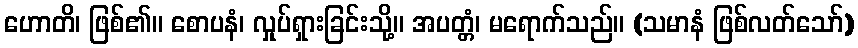
ဟောတိ၊ ဖြစ်၏။ စောပနံ၊ လှုပ်ရှားခြင်းသို့။ အပတ္တံ၊ မရောက်သည်။ (သမာနံ ဖြစ်လတ်သော်)